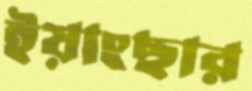
ইয়াংছার